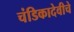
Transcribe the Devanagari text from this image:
चंडिकादेवीचे